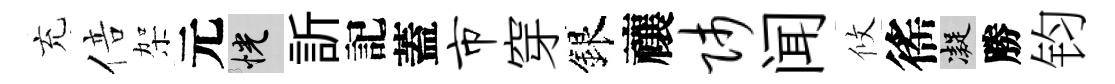
充倍架元恍訢記蓋市穿銀禳师闻攸徭凝勝钧